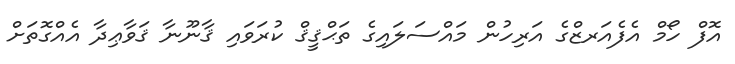
އޮފް ހޯމް އެފެއަރޒްގެ އަރިހުން މައްސަލައިގެ ތަޙްޤީޤް ކުރަވައި ޤާނޫނާ ޤަވާޢިދާ އެއްގޮތަށް